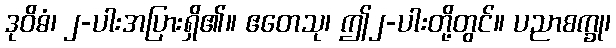
ဒုဝိဓံ၊ ၂-ပါးအပြားရှိ၏။ ဧတေသု၊ ဤ၂-ပါးတို့တွင်။ ပညာစက္ခု၊